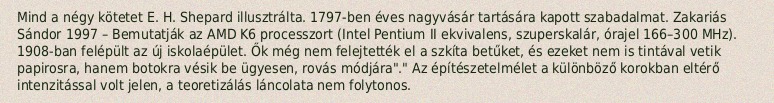
Mind a négy kötetet E. H. Shepard illusztrálta. 1797-ben éves nagyvásár tartására kapott szabadalmat. Zakariás Sándor 1997 – Bemutatják az AMD K6 processzort (Intel Pentium II ekvivalens, szuperskalár, órajel 166–300 MHz). 1908-ban felépült az új iskolaépület. Ők még nem felejtették el a szkíta betűket, és ezeket nem is tintával vetik papirosra, hanem botokra vésik be ügyesen, rovás módjára"." Az építészetelmélet a különböző korokban eltérő intenzitással volt jelen, a teoretizálás láncolata nem folytonos.